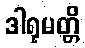
ဒါရုမတ္တိ